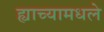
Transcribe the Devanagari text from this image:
ह्याच्यामधले